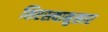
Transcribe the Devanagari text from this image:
शिरस्त्यानुसार